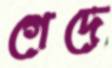
গেদে